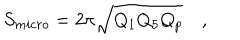
LaTeX: S _ { m i c r o } = 2 \pi \sqrt { Q _ { 1 } Q _ { 5 } Q _ { p } } \quad ,